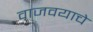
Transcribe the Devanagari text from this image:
वाजवयाचे